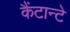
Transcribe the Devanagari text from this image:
कैंटान्टे